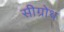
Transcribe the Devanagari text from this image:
सीग्रोथ